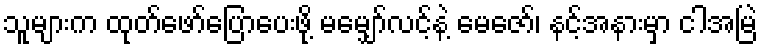
သူများက ထုတ်ဖော်ပြောပေးဖို့ မမျှော်လင့်နဲ့ မေဇော်၊ နင့်အနားမှာ ငါအမြဲ